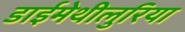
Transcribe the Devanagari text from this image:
डाईमेथीलुरिया